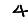
Digit: 4